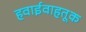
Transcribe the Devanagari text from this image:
हवाईवाहतूक